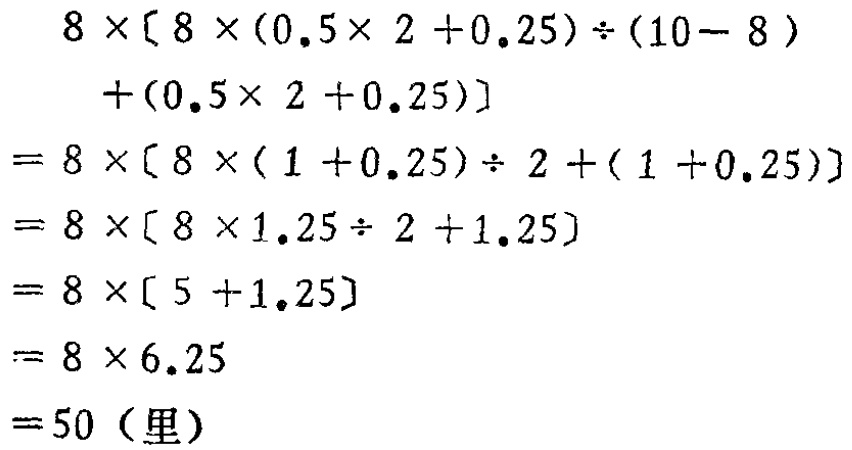
\[

\begin{align*}

&8\times[8\times(0.5\times 2 + 0.25)\div(10 - 8)+(0.5\times 2 + 0.25)]\\

=&8\times[8\times(1 + 0.25)\div 2+(1 + 0.25)]\\

=&8\times[8\times 1.25\div 2 + 1.25]\\

=&8\times[5 + 1.25]\\

=&8\times 6.25\\

=&50 \text{（里）}

\end{align*}

\]